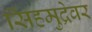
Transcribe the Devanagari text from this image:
सिंहमुद्रेवर